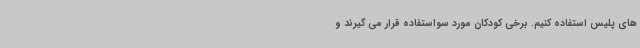
های پلیس استفاده کنیم. برخی کودکان مورد سواستفاده قرار می گیرند و